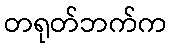
တရုတ်ဘက်က